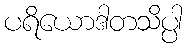
ပရိယောဒါတသိပ္ပါ